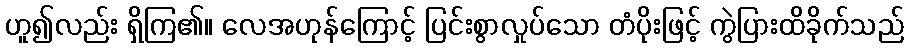
ဟူ၍လည်း ရှိကြ၏။ လေအဟုန်ကြောင့် ပြင်းစွာလှုပ်သော တံပိုးဖြင့် ကွဲပြားထိခိုက်သည်